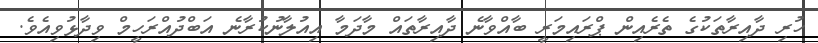
ހުރި ދާއިރާތަކުގެ ތެރެއިން ޕްރައިމަރީ ބާއްވާނެ ދާއިރާތައް މާދަމާ އިއުލާނުކުރާނެ އަބްދުއްރަހީމް ވިދާޅުވިއެވެ.